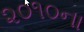
૨૦૧૦ના